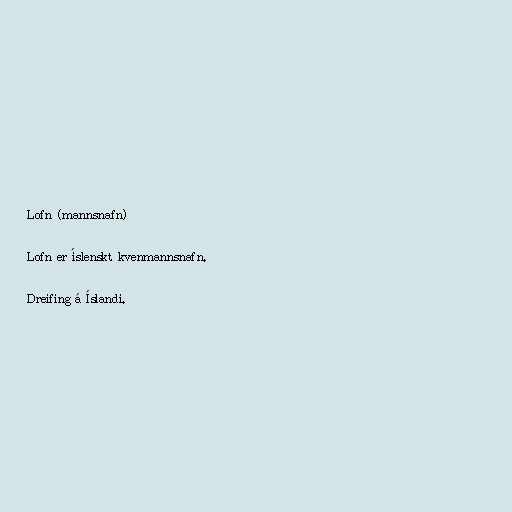
Lofn (mannsnafn)

Lofn er íslenskt kvenmannsnafn.

Dreifing á Íslandi.